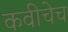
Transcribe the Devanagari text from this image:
कवीचेच